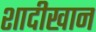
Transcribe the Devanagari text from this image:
शादीखान